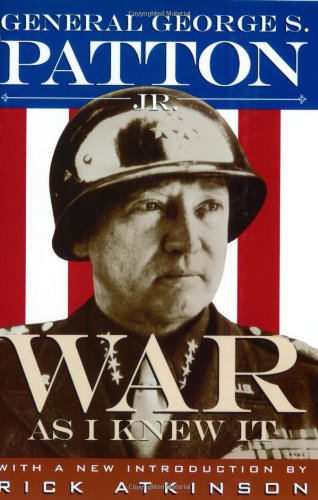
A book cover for War As I Knew It; George S. Patton; History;